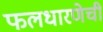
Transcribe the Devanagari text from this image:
फलधारणेची